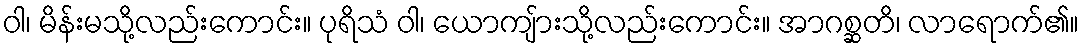
ဝါ၊ မိန်းမသို့လည်းကောင်း။ ပုရိသံ ဝါ၊ ယောကျ်ားသို့လည်းကောင်း။ အာဂစ္ဆတိ၊ လာရောက်၏။